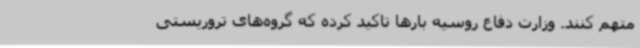
متهم کنند. وزارت دفاع روسیه بارها تاکید کرده که گروه‌های تروریستی